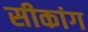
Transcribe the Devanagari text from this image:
सीकांग